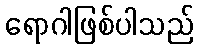
ရောဂါဖြစ်ပါသည်